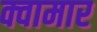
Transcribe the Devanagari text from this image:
क्वामार